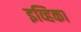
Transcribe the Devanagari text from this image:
इव्हिका